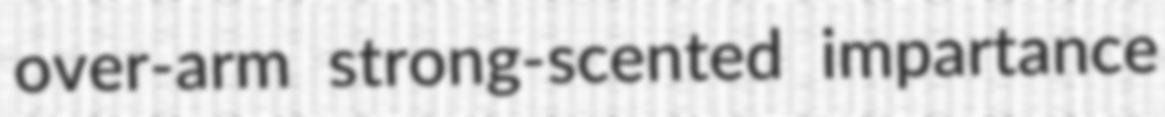
over-arm strong-scented impartance